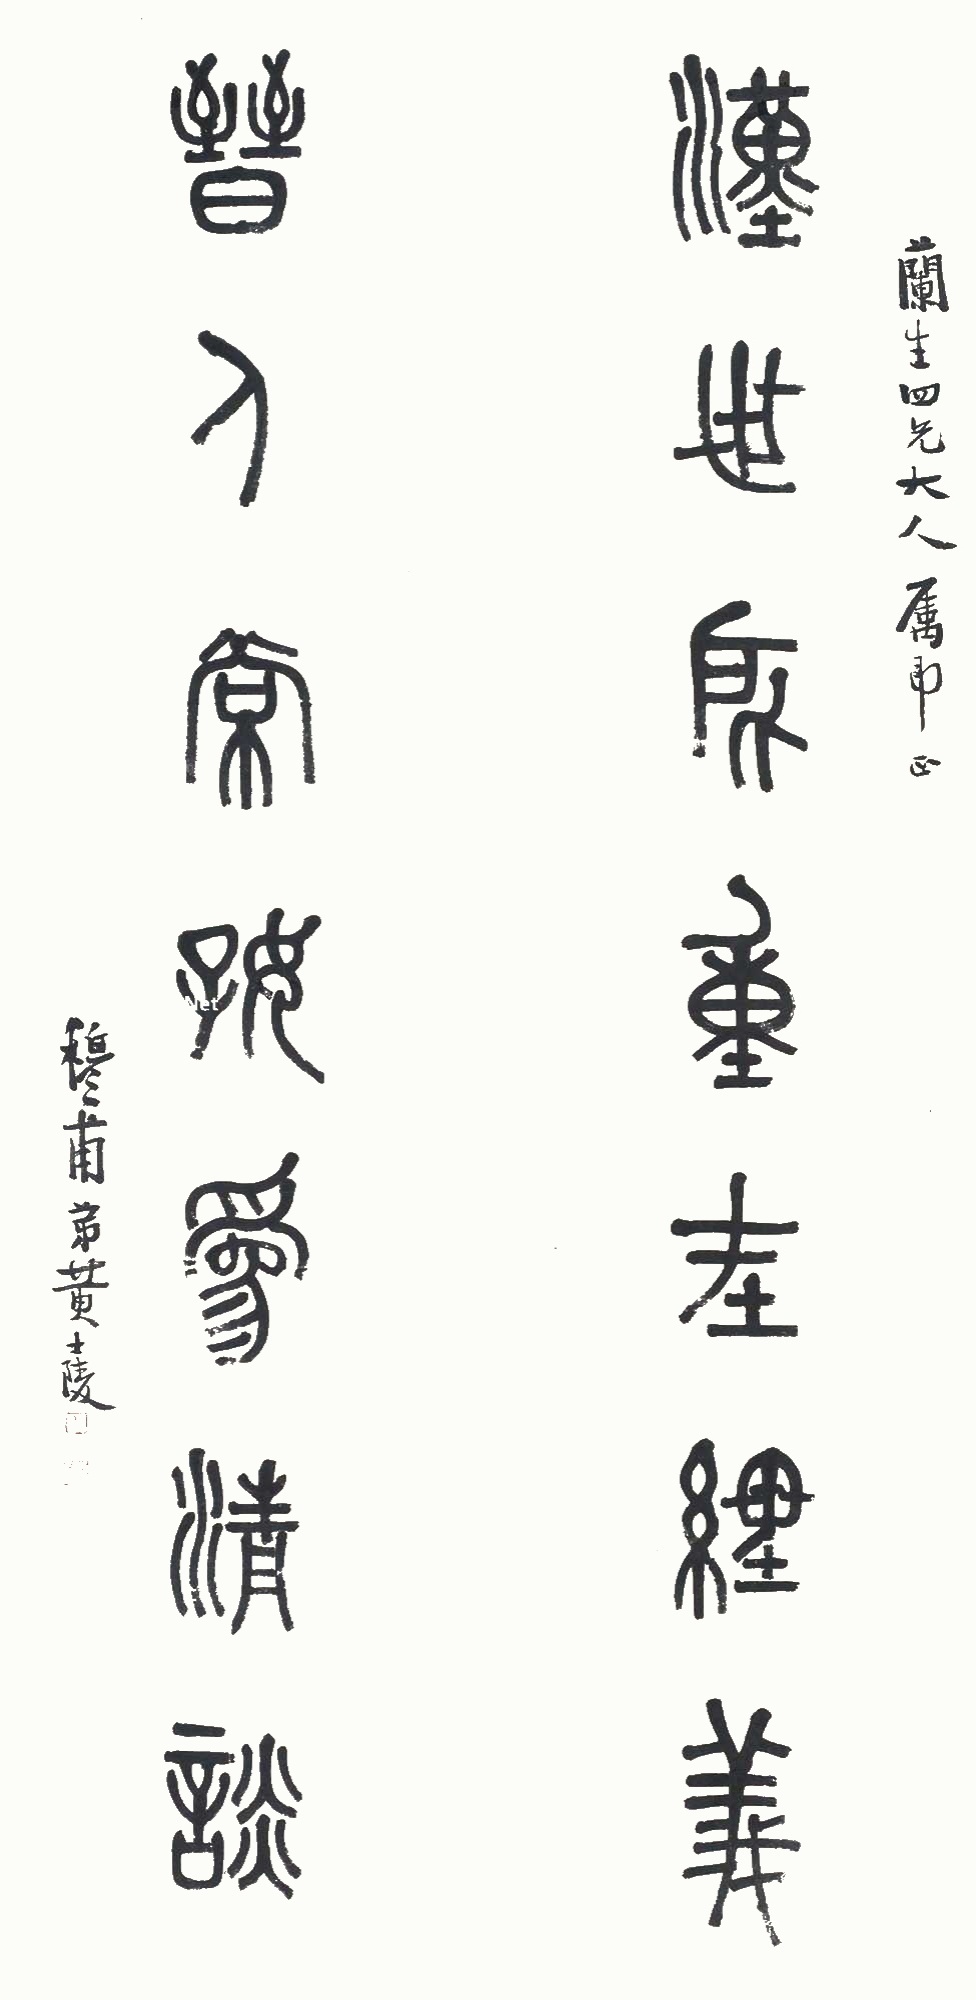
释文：汉世所重在经义，晋人常好为清谈。兰生四兄大人属即正，穆甫弟黄士陵。